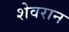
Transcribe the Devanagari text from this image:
शेवरान